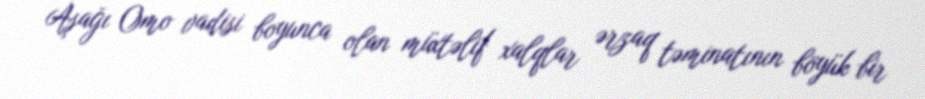
Aşağı Omo vadisi boyunca olan müxtəlif xalqlar ərzaq təminatının böyük bir